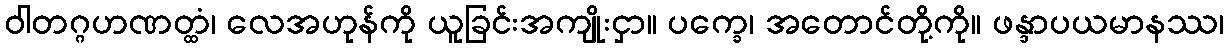
ဝါတဂ္ဂဟဏတ္ထံ၊ လေအဟုန်ကို ယူခြင်းအကျိုးငှာ။ ပက္ခေ၊ အတောင်တို့ကို။ ဖန္ဒာပယမာနဿ၊